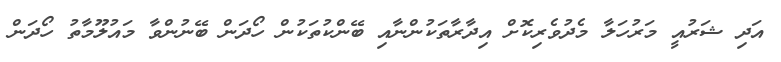
އަދި ޝަރުއީ މަރުހަލާ މެދުވެރިކޮށް އިދާރާތަކުންނާއި ބޭންކުތަކުން ހޯދަން ބޭނުންވާ މައުލޫމާތު ހޯދަން